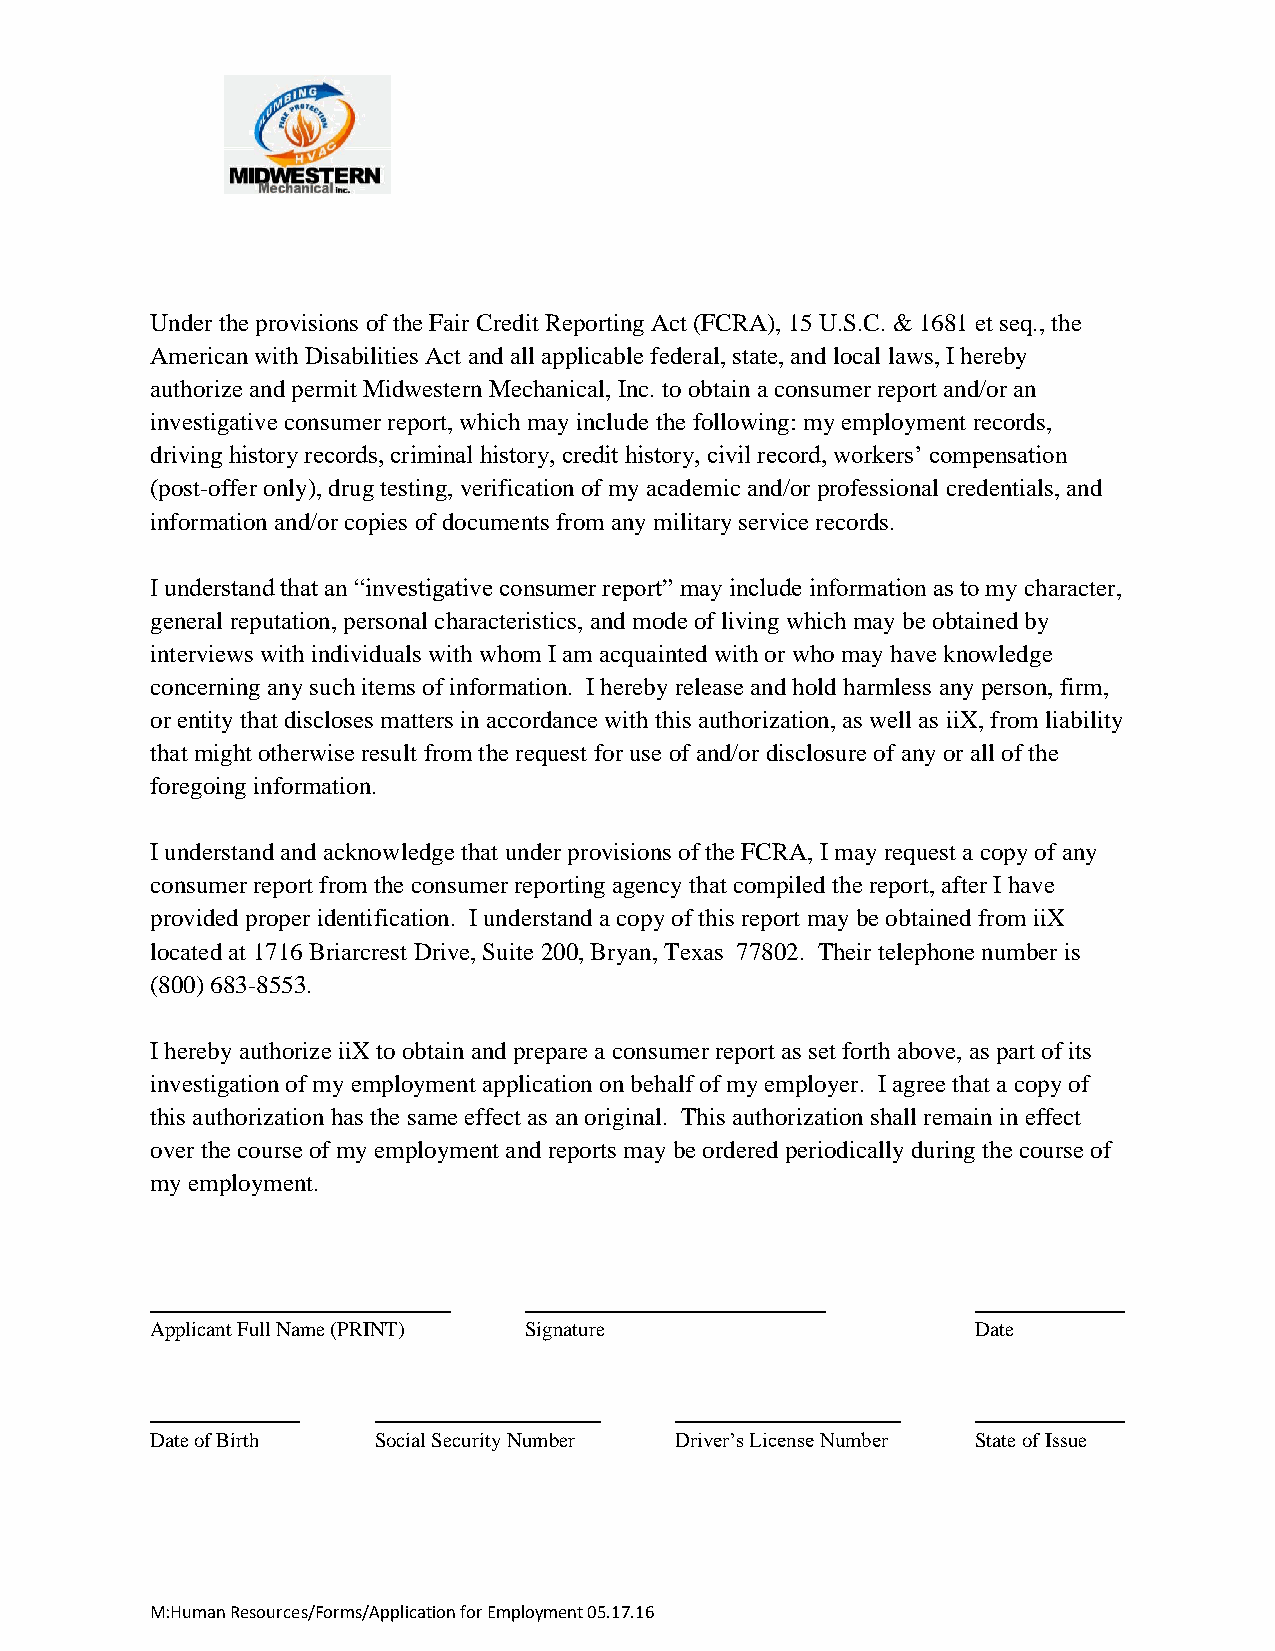
Under the provisions of the Fair Credit Reporting Act (FCRA), 15 U.S.C. & 1681 et seq., the
 American with Disabilities Act and all applicable federal, state, and local laws, I hereby
 authorize and permit Midwestern Mechanical, Inc. to obtain a consumer report and/or an
 investigative consumer report, which may include the following: my employment records,
 driving history records, criminal history, credit history, civil record, workers’ compensation
 (post-offer only), drug testing, verification of my academic and/or professional credentials, and
 information and/or copies of documents from any military service records.
 I understand that an “investigative consumer report” may include information as to my character,
 general reputation, personal characteristics, and mode of living which may be obtained by
 interviews with individuals with whom I am acquainted with or who may have knowledge
 concerning any such items of information. I hereby release and hold harmless any person, firm,
 or entity that discloses matters in accordance with this authorization, as well as iiX, from liability
 that might otherwise result from the request for use of and/or disclosure of any or all of the
 foregoing information.
 I understand and acknowledge that under provisions of the FCRA, I may request a copy of any
 consumer report from the consumer reporting agency that compiled the report, after I have
 provided proper identification. I understand a copy of this report may be obtained from iiX
 located at 1716 Briarcrest Drive, Suite 200, Bryan, Texas 77802. Their telephone number is
 (800) 683-8553.
 I hereby authorize iiX to obtain and prepare a consumer report as set forth above, as part of its
 investigation of my employment application on behalf of my employer. I agree that a copy of
 this authorization has the same effect as an original. This authorization shall remain in effect
 over the course of my employment and reports may be ordered periodically during the course of
 my employment.
 Applicant Full Name (PRINT) Signature                  Date
 Date of Birth  Social Security Number Driver’s License Number State of Issue
 M:Human Resources/Forms/Application for Employment 05.17.16